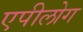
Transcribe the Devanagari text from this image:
एपीलोग